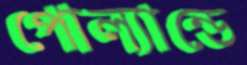
পোল্যান্ডে